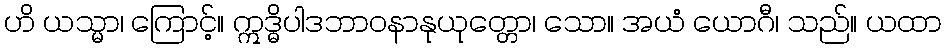
ဟိ ယသ္မာ၊ ကြောင့်။ ဣဒ္ဓိပါဒဘာဝနာနုယုတ္တော၊ သော။ အယံ ယောဂီ၊ သည်။ ယထာ